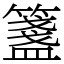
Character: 𥵃